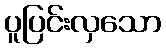
ပူပြင်းလှသော